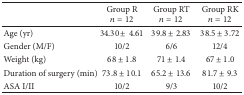
<table><thead><tr><td><b> </b></td><td><b>Group R<i>n</i> = 12</b></td><td><b>Group RT<i>n</i> = 12</b></td><td><b>Group RK<i>n</i> = 12</b></td></tr></thead><tbody><tr><td>Age (yr)</td><td>34.30 ±4.61</td><td>39.8 ± 2.83</td><td>38.5 ± 3.72</td></tr><tr><td>Gender (M/F)</td><td>10/2</td><td>6/6</td><td>12/4</td></tr><tr><td>Weight (kg)</td><td>68 ± 1.8</td><td>71 ± 1.4</td><td>67 ± 1.0</td></tr><tr><td>Duration of surgery (min)</td><td>73.8 ± 10.1</td><td>65.2 ± 13.6</td><td>81.7 ± 9.3</td></tr><tr><td>ASA I/II</td><td>10/2</td><td>9/3</td><td>10/2</td></tr></tbody></table>